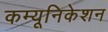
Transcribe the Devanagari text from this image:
कम्‍यूनिकेशन